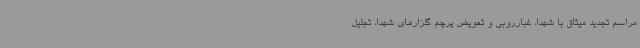
مراسم تجدید میثاق با شهدا، غبارروبی و تعویض پرچم گلزارهای شهدا، تجلیل